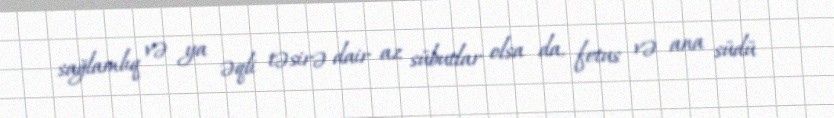
sağlamlıq və ya əqli təsirə dair az sübutlar olsa da, fetus və ana südü